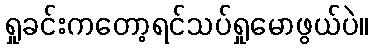
ရှုခင်းကတော့ရင်သပ်ရှုမောဖွယ်ပဲ။